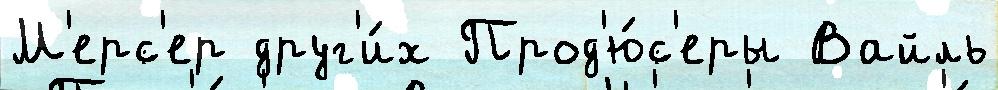
М'ерс'ер друг'и́х Прод'ю́с'еры Вайль